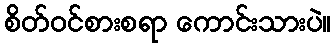
စိတ်ဝင်စားစရာ ကောင်းသားပဲ။